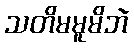
သတိမမူမိဘဲ